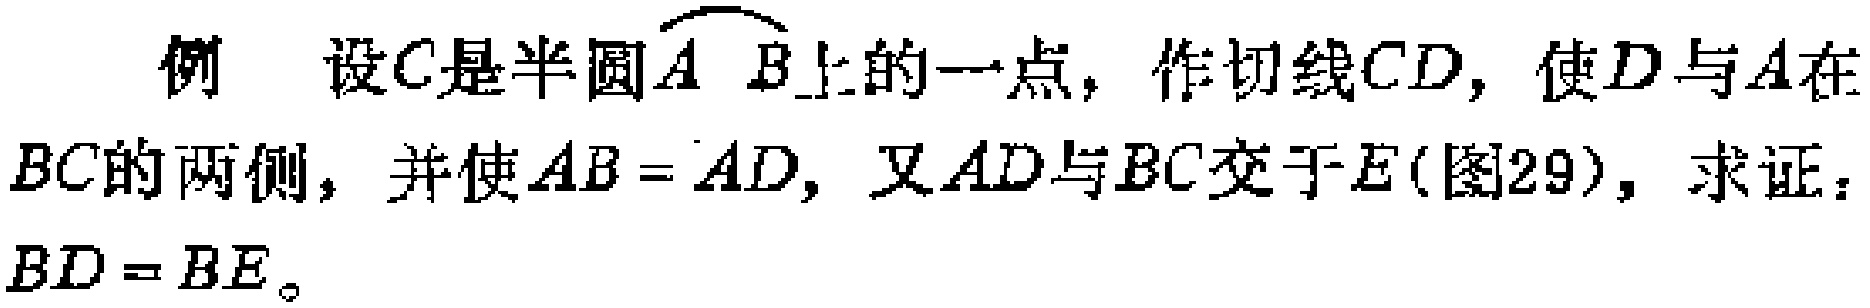
例 设\(C\)是半圆\(\overset{\frown}{AB}\)上的一点，作切线\(CD\)，使\(D\)与\(A\)在\(BC\)的两侧，并使\(AB = AD\)，又\(AD\)与\(BC\)交于\(E\)(图29)，求证：\(BD = BE\)。